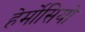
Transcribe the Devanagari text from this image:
हेर्मोसियो